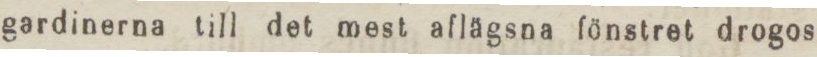
gardinerna till det mest aflägsna fönstret drogos